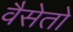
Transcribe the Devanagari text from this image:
वैसेतो